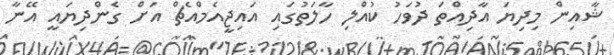
ޝާއިން މިދިޔަ އާދިއްތަ ދުވަހު ކުއްލި ހާލަތުގައި އައިޖީއެމްއެޗް އަށް ގެންދިޔައީ އޭނާ